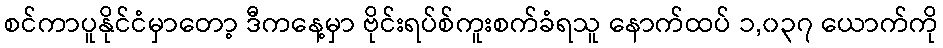
စင်ကာပူနိုင်ငံမှာတော့ ဒီကနေ့မှာ ဗိုင်းရပ်စ်ကူးစက်ခံရသူ နောက်ထပ် ၁,၀၃၇ ယောက်ကို